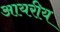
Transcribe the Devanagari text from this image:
आयरीय